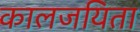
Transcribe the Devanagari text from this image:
कालजयिता